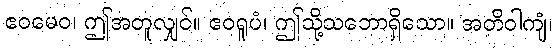
ဧဝမေဝ၊ ဤအတူလျှင်။ ဧဝရူပံ၊ ဤသို့သဘောရှိသော။ အတိဝါကျံ၊